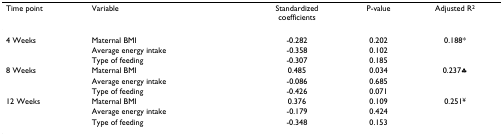
<table><thead><tr><td><b>Time point</b></td><td><b>Variable</b></td><td><b>Standardized coefficients</b></td><td><b>P-value</b></td><td><b>Adjusted R<sup>2</sup></b></td></tr></thead><tbody><tr><td>4 Weeks</td><td>Maternal BMI</td><td>-0.282</td><td>0.202</td><td>0.188*</td></tr><tr><td></td><td>Average energy intake</td><td>-0.358</td><td>0.102</td><td></td></tr><tr><td></td><td>Type of feeding</td><td>-0.307</td><td>0.185</td><td></td></tr><tr><td>8 Weeks</td><td>Maternal BMI</td><td>0.485</td><td>0.034</td><td>0.237♣</td></tr><tr><td></td><td>Average energy intake</td><td>-0.086</td><td>0.685</td><td></td></tr><tr><td></td><td>Type of feeding</td><td>-0.426</td><td>0.071</td><td></td></tr><tr><td>12 Weeks</td><td>Maternal BMI</td><td>0.376</td><td>0.109</td><td>0.251<sup>¥</sup></td></tr><tr><td></td><td>Average energy intake</td><td>-0.179</td><td>0.424</td><td></td></tr><tr><td></td><td>Type of feeding</td><td>-0.348</td><td>0.153</td><td></td></tr></tbody></table>